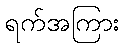
ရက်အကြား